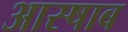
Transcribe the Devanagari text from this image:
आस्षाब